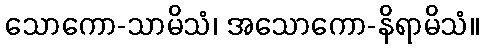
သောကော-သာမိသံ၊ အသောကော-နိရာမိသံ။